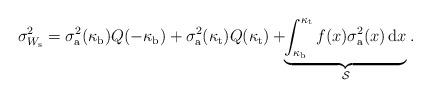
LaTeX: \begin{align*}\sigma_{W_{\rm s}}^2=\sigma_{\rm a}^2(\kappa_{\rm b})Q(-\kappa_{\rm b})+\sigma_{\rm a}^2(\kappa_{\rm t})Q(\kappa_{\rm t})+\!\!\underbrace{\int_{\kappa_{\rm b}}^{\kappa_{\rm t}}f(x) \sigma_{\rm a}^2(x)\, \mathrm{d}x}_{\mathcal{S}}.\end{align*}